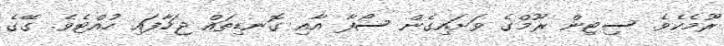
ރޫމެކެވެ. ސިޓިން ރޫމްގެ ވަށައިގެން ސޯފާ އާއި ގޮނޑިތައް ޖަހާފައި ހުއްޓެވެ. ގޭގެ